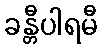
ခန္တီပါရမီ